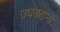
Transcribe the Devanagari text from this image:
उघडताना